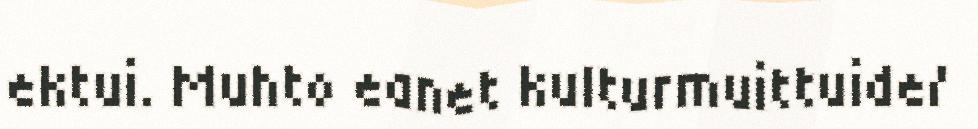
ektui. Muhto eanet kulturmuittuide/